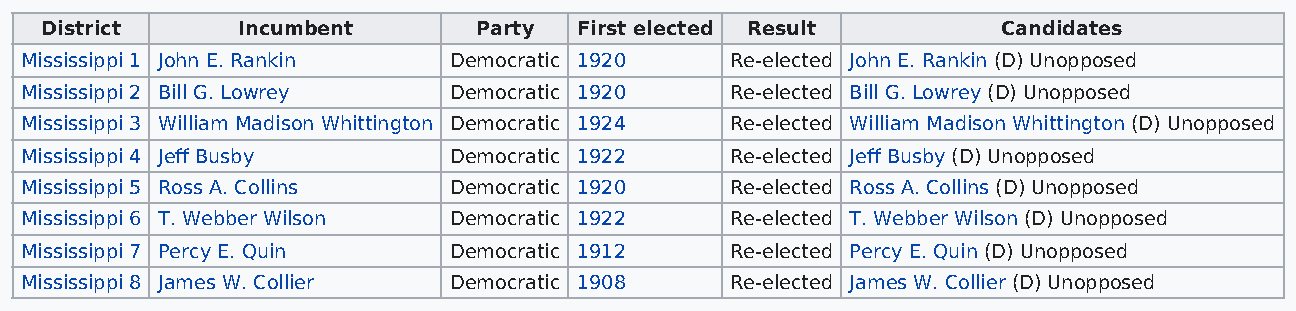
District     Incumbent       Party First elected Result        Candidates
 Mississippi 1 John E. Rankin Democratic 1920   Re-elected John E. Rankin (D) Unopposed
 Mississippi 2 Bill G. Lowrey Democratic 1920   Re-elected Bill G. Lowrey (D) Unopposed
 Mississippi 3 William Madison Whittington Democratic 1924 Re-elected William Madison Whittington (D) Unopposed
 Mississippi 4 Jeff Busby     Democratic 1922   Re-elected Jeff Busby (D) Unopposed
 Mississippi 5 Ross A. Collins Democratic 1920  Re-elected Ross A. Collins (D) Unopposed
 Mississippi 6 T. Webber Wilson Democratic 1922 Re-elected T. Webber Wilson (D) Unopposed
 Mississippi 7 Percy E. Quin  Democratic 1912   Re-elected Percy E. Quin (D) Unopposed
 Mississippi 8 James W. Collier Democratic 1908 Re-elected James W. Collier (D) Unopposed